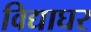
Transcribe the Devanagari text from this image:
विद्याघर